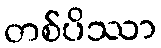
တစ်ပိဿာ